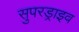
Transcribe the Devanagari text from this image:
सुपरड्राइव